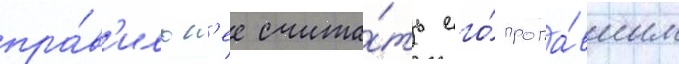
пра́в'ильн'ее счита́ть его́ пропа́вшим